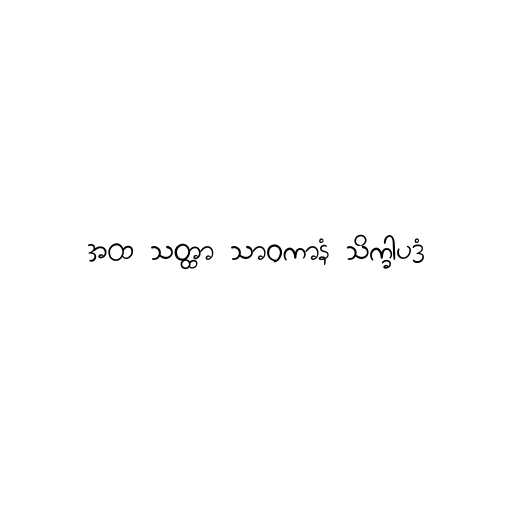
အထ သတ္ထာ သာဝကာနံ သိက္ခါပဒံ